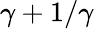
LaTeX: \gamma+1/\gamma